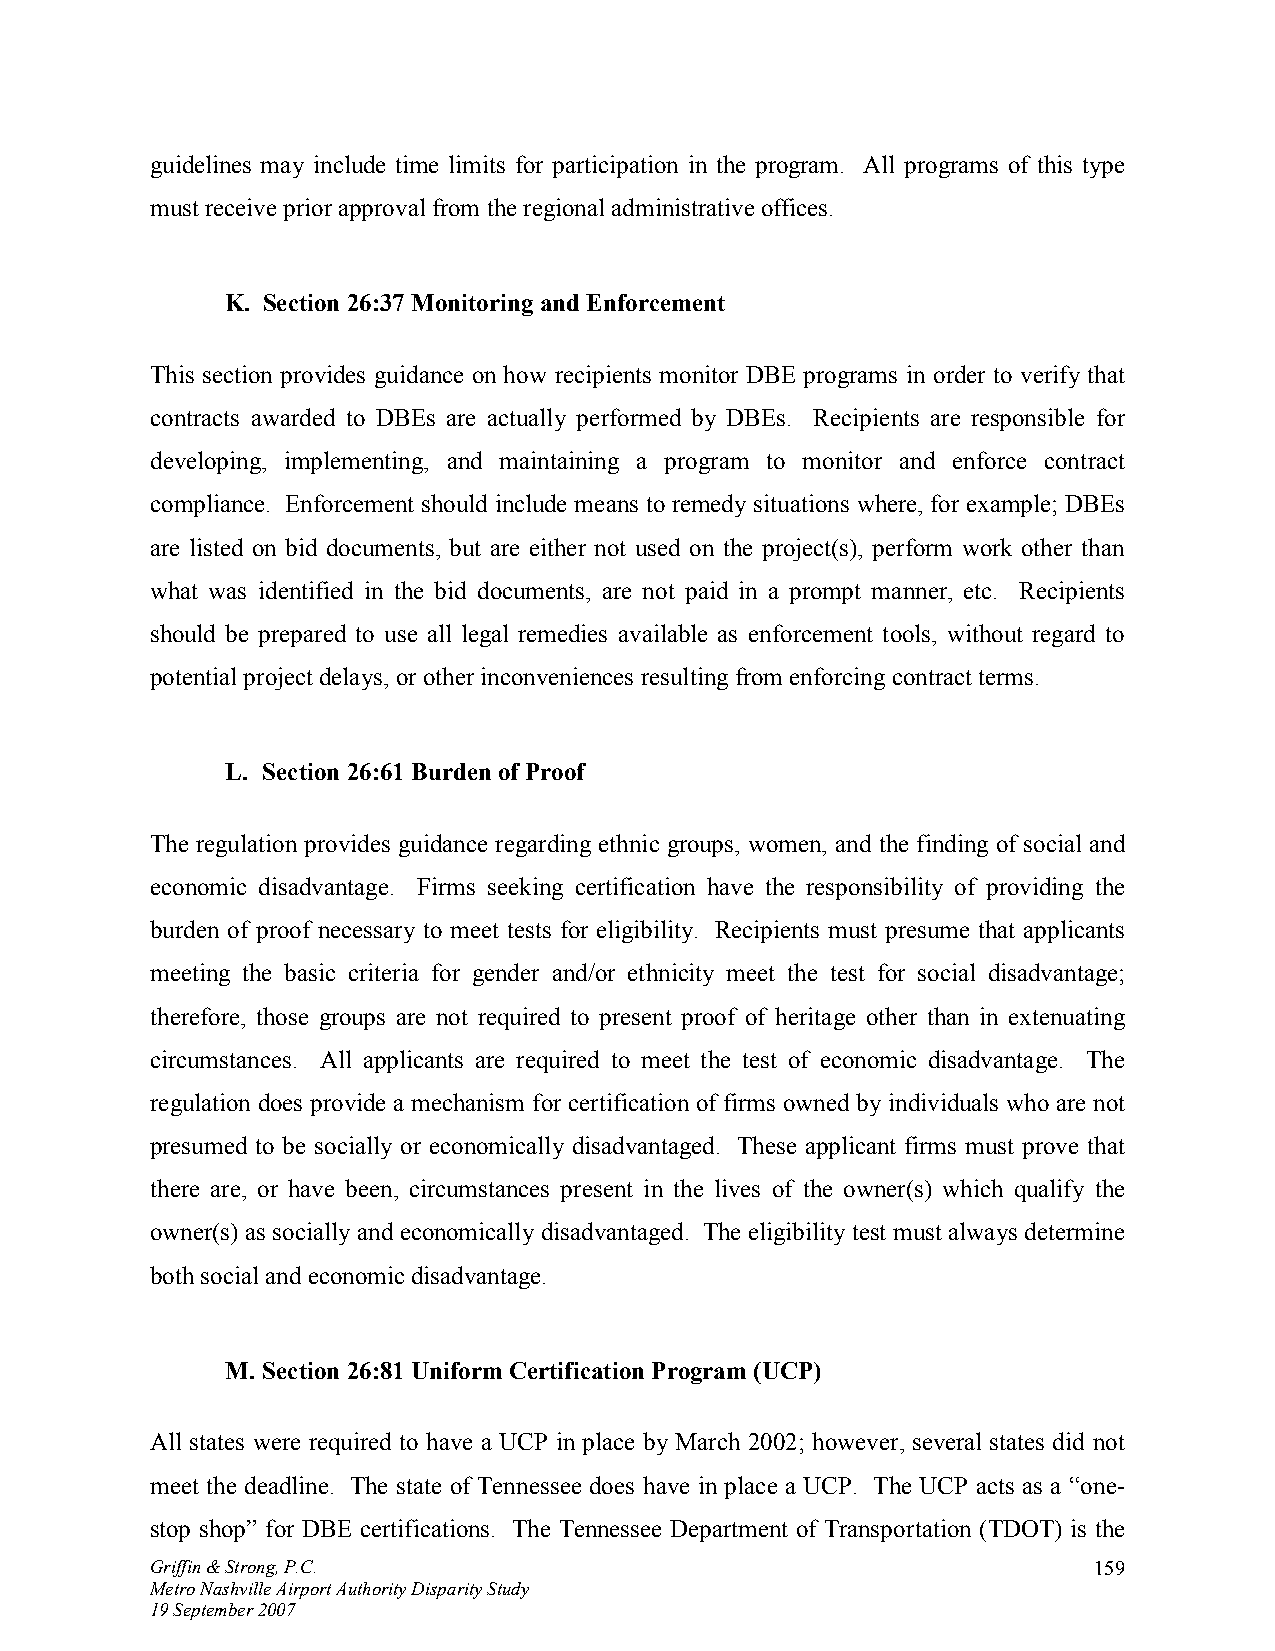
guidelines may include time limits for participation in the program. All programs of this type
 must receive prior approval from the regional administrative offices.
 K. Section 26:37 Monitoring and Enforcement
 This section provides guidance on how recipients monitor DBE programs in order to verify that
 contracts awarded to DBEs are actually performed by DBEs. Recipients are responsible for
 developing, implementing, and maintaining a program to monitor and enforce contract
 compliance. Enforcement should include means to remedy situations where, for example; DBEs
 are listed on bid documents, but are either not used on the project(s), perform work other than
 what was identified in the bid documents, are not paid in a prompt manner, etc. Recipients
 should be prepared to use all legal remedies available as enforcement tools, without regard to
 potential project delays, or other inconveniences resulting from enforcing contract terms.
 L. Section 26:61 Burden of Proof
 The regulation provides guidance regarding ethnic groups, women, and the finding of social and
 economic disadvantage. Firms seeking certification have the responsibility of providing the
 burden of proof necessary to meet tests for eligibility. Recipients must presume that applicants
 meeting the basic criteria for gender and/or ethnicity meet the test for social disadvantage;
 therefore, those groups are not required to present proof of heritage other than in extenuating
 circumstances. All applicants are required to meet the test of economic disadvantage. The
 regulation does provide a mechanism for certification of firms owned by individuals who are not
 presumed to be socially or economically disadvantaged. These applicant firms must prove that
 there are, or have been, circumstances present in the lives of the owner(s) which qualify the
 owner(s) as socially and economically disadvantaged. The eligibility test must always determine
 both social and economic disadvantage.
 M. Section 26:81 Uniform Certification Program (UCP)
 All states were required to have a UCP in place by March 2002; however, several states did not
 meet the deadline. The state of Tennessee does have in place a UCP. The UCP acts as a “one-
 stop shop” for DBE certifications. The Tennessee Department of Transportation (TDOT) is the
 Griffin & Strong, P.C.                                        159
 Metro Nashville Airport Authority Disparity Study
 19 September 2007